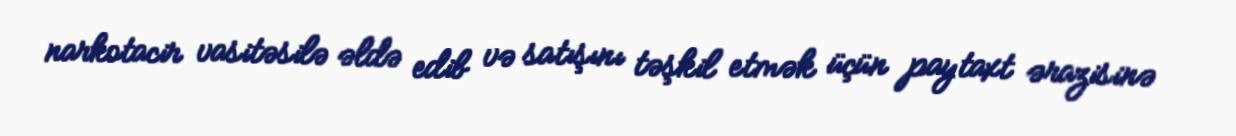
narkotacir vasitəsilə əldə edib və satışını təşkil etmək üçün paytaxt ərazisinə